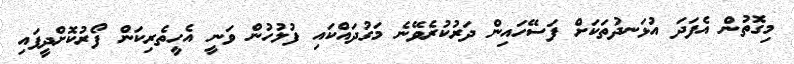
މިގޮތުން އެފަދަ އުޅަނދުތަކަށް ފަސޭހައިން ދަރުކުރެވޭނެ މަގުދައްކައި ފުލުހުން ވަނީ އެހީތެރިކަން ފޯރުކޮށްދީފައި